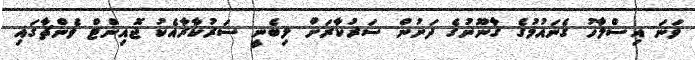
ވަނަ އިސްލާހު ގެނައުމުގެ ގާނޫނުގެ ދަށުން ސަރުކާރަށް ލިބެނީ ސަރުކާރާއެކު ޖޮއިންޓް ވެންޗާގައި